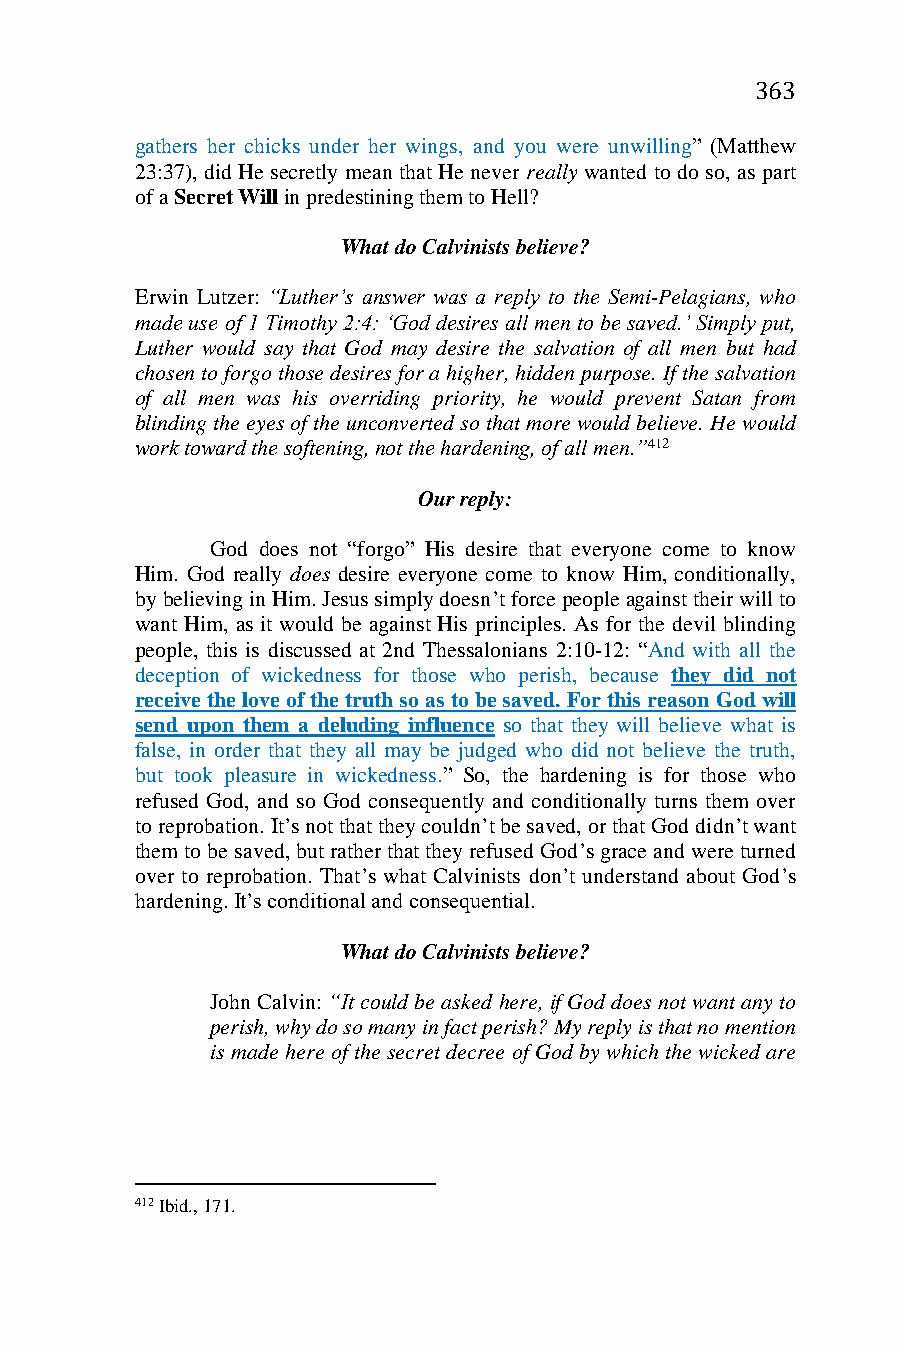
363
 gathers her chicks under her wings, and you were unwilling” (Matthew
 23:37), did He secretly mean that He never really wanted to do so, as part
 of a Secret Will in predestining them to Hell?
 What do Calvinists believe?
 Erwin Lutzer: “Luther’s answer was a reply to the Semi-Pelagians, who
 made use of 1 Timothy 2:4: ‘God desires all men to be saved.’ Simply put,
 Luther would say that God may desire the salvation of all men but had
 chosen to forgo those desires for a higher, hidden purpose. If the salvation
 of all men was his overriding priority, he would prevent Satan from
 blinding the eyes of the unconverted so that more would believe. He would
 work toward the softening, not the hardening, of all men.”412
 Our reply:
 God does not “forgo” His desire that everyone come to know
 Him. God really does desire everyone come to know Him, conditionally,
 by believing in Him. Jesus simply doesn’t force people against their will to
 want Him, as it would be against His principles. As for the devil blinding
 people, this is discussed at 2nd Thessalonians 2:10-12: “And with all the
 deception of wickedness for those who perish, because they did not
 receive the love of the truth so as to be saved. For this reason God will
 send upon them a deluding influence so that they will believe what is
 false, in order that they all may be judged who did not believe the truth,
 but took pleasure in wickedness.” So, the hardening is for those who
 refused God, and so God consequently and conditionally turns them over
 to reprobation. It’s not that they couldn’t be saved, or that God didn’t want
 them to be saved, but rather that they refused God’s grace and were turned
 over to reprobation. That’s what Calvinists don’t understand about God’s
 hardening. It’s conditional and consequential.
 What do Calvinists believe?
 John Calvin: “It could be asked here, if God does not want any to
 perish, why do so many in fact perish? My reply is that no mention
 is made here of the secret decree of God by which the wicked are
 412 Ibid., 171.